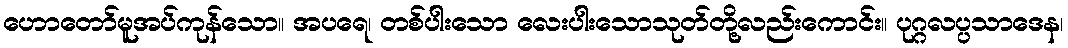
ဟောတော်မူအပ်ကုန်သော။ အပရေ၊ တစ်ပါးသော လေးပါးသောသုတ်တို့လည်းကောင်း။ ပုဂ္ဂလပ္ပသာဒေန၊